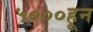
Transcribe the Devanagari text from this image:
५०००हून